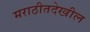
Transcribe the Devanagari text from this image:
मराठीतदेखील